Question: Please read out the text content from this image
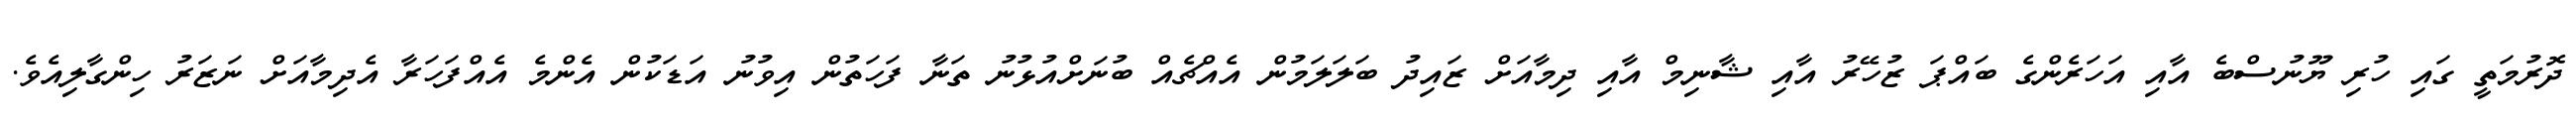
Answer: ދޮރުމަތީ ގައި ހުރި ޔޫނުސްބެ އާއި އަހަރެންގެ ބައްޕަ ޒުހޭރު އާއި ޝާނިމް އާއި ދިމާއަށް ޒައިދު ބަލަލަމުން އެއްޗެއް ބުނަށްއުޅުނު ތަނާ ފަހަތުން އިވުނު އަޑަކުން އެންމެ އެއްފަހަރާ އެދިމާއަށް ނަޒަރު ހިންގާލިއެވެ.